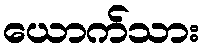
ယောက်သား